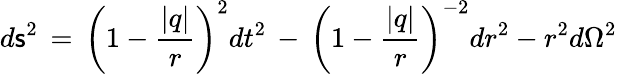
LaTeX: d\mathsf{s}^{2}\, =\, \left(1-\frac{{|q|}}{{r}}\right)^{2}dt^{2}\, -\, \left(1-\frac{{|q|}}{{r}}\right)^{-2}dr^{2}-r^{2}d\Omega^{2}